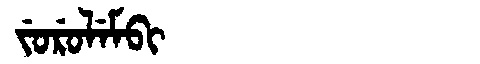
Manchu: ᠵᡠᡵᡠᠯᡝᠮᠪᡳ
Romanization: JURULEMBI